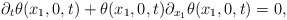
\begin{align*}\partial_t \theta(x_1,0,t) + \theta(x_1, 0,t) \partial_{x_1} \theta(x_1, 0,t) =0,\end{align*}